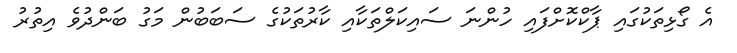
އެ ގޯޅިތަކުގައި ޕާކްކޮށްފައި ހުންނަ ސައިކަލްތަކާއި ކާރުތަކުގެ ސަބަބުން މަގު ބަންދުވެ އިތުރު